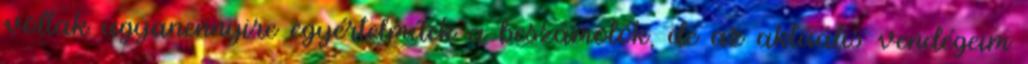
voltak ugyanennyire egyértelműek a beszámolók, de az aktuális vendégeim